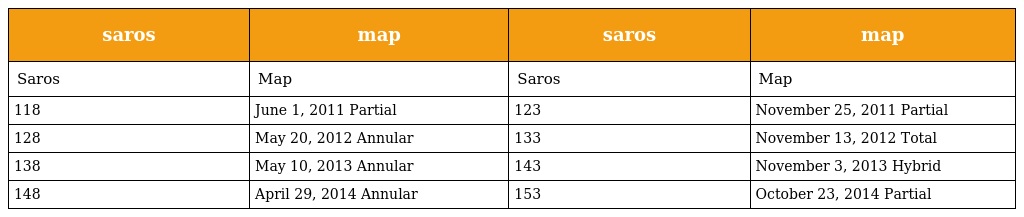
| saros | map | saros | map |
 | --- | --- | --- | --- |
 | Saros | Map | Saros | Map |
 | 118 | June 1, 2011 Partial | 123 | November 25, 2011 Partial |
 | 128 | May 20, 2012 Annular | 133 | November 13, 2012 Total |
 | 138 | May 10, 2013 Annular | 143 | November 3, 2013 Hybrid |
 | 148 | April 29, 2014 Annular | 153 | October 23, 2014 Partial |